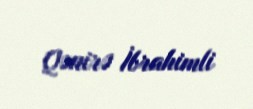
Qənirə İbrahimli